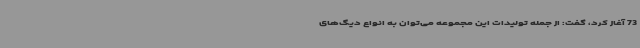
73 آغاز کرد، گفت: از جمله تولیدات این مجموعه می‌توان به انواع دیگ‌های